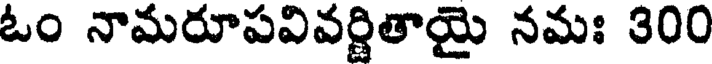
ఓం నామరూపవివర్ణితాయై నమః 300